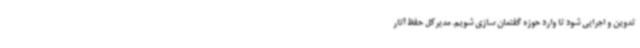
تدوین و اجرایی شود تا وارد حوزه گفتمان سازی شویم. مدیرکل حفظ آثار